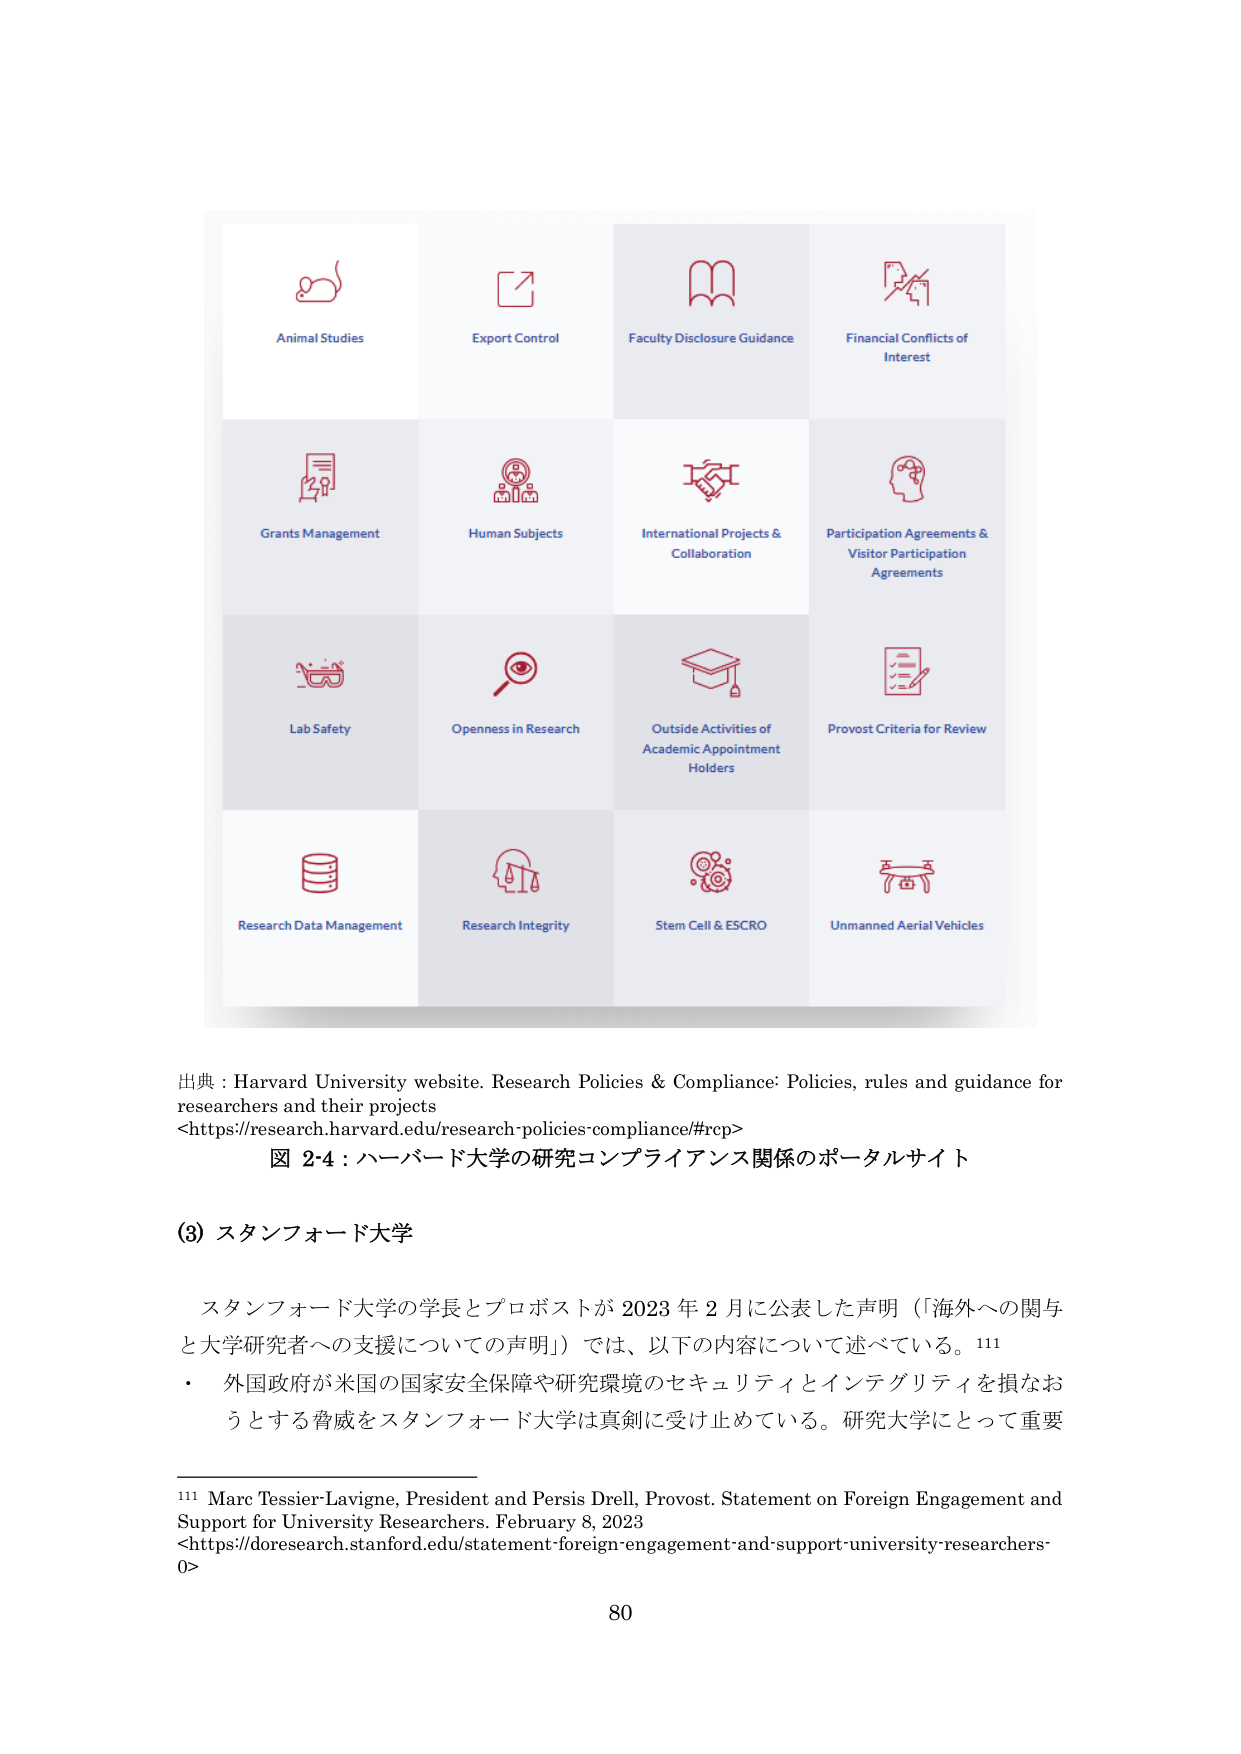
Animal Studies
Export Control
Faculty Disclosure Guidance
Financial Conflicts of Interest
Grants Management
Human Subjects
International Projects & Collaboration
Participation Agreements & Visitor Participation Agreements
Lab Safety
Openness in Research
Outside Activities of Academic Appointment Holders
Provost Criteria for Review
Research Data Management
Research Integrity
Stem Cell & ESCRO
Unmanned Aerial Vehicles

出典：Harvard University website. Research Policies & Compliance: Policies, rules and guidance for researchers and their projects
<https://research.harvard.edu/research-policies-compliance/#rcp>
図 2-4：ハーバード大学の研究コンプライアンス関係のポータルサイト

(3) スタンフォード大学

スタンフォード大学の学長とプロボストが 2023 年 2 月に公表した声明（「海外への関与と大学研究者への支援についての声明」）では、以下の内容について述べている。¹¹¹
・ 外国政府が米国の国家安全保障や研究環境のセキュリティとインテグリティを損なおうとする脅威をスタンフォード大学は真剣に受け止めている。研究大学にとって重要

¹¹¹ Marc Tessier-Lavigne, President and Persis Drell, Provost. Statement on Foreign Engagement and Support for University Researchers. February 8, 2023
<https://doresearch.stanford.edu/statement-foreign-engagement-and-support-university-researchers-0>

80